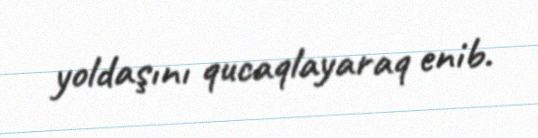
yoldaşını qucaqlayaraq enib.